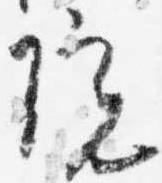
院